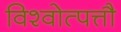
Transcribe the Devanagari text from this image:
विश्वोत्पत्तौ